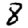
Digit: 8